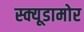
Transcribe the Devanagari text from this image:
स्क्यूडामोर